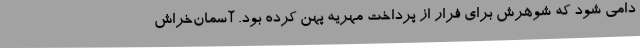
دامی شود که شوهرش برای فرار از پرداخت مهریه پهن کرده بود. آسمان‌خراش